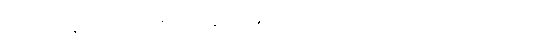
သစ္စဝါရခန်း၌လည်း ရှိ၏)။ ။ နိရောဓါပုဒ်၌ နိ-သဒ္ဒါ၊ ရောဓ-သဒ္ဒါ ဟောနက်ကို